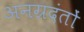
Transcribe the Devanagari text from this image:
अनग्रदंतों